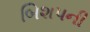
બિશપની